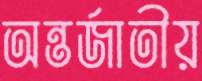
অন্তর্জাতীয়